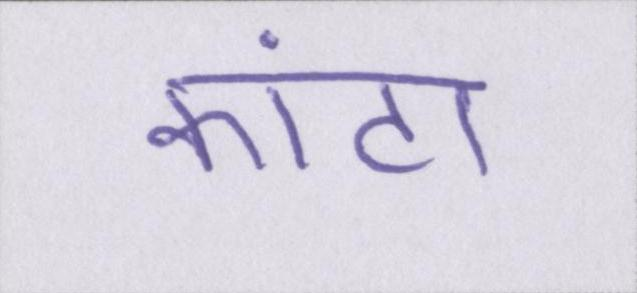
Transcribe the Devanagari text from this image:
कांटा